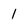
Character: 1